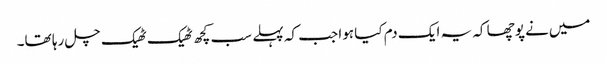
میں‌نے پوچھا کہ یہ ایک دم کیا ہوا جب کہ پہلے سب کچھ ٹھیک ٹھیک چل رہا تھا۔